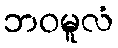
ဘဝမူလံ